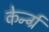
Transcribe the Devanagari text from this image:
केर्न्ग्र